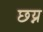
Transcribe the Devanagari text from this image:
छय्न